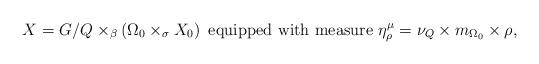
LaTeX: \begin{align*}X=G/Q\times_{\beta}\left(\Omega_{0}\times_{\sigma}X_{0}\right)\mbox{ equipped with measure }\eta_{\rho}^{\mu}=\nu_{Q}\times m_{\Omega_{0}}\times\rho,\end{align*}